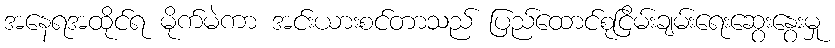
အနေရအထိုင်ရ မိုက်မဲကာ အင်းယားစင်တာသည် ပြည်ထောင်စုငြိမ်းချမ်းရေးဆွေးနွေးမှု